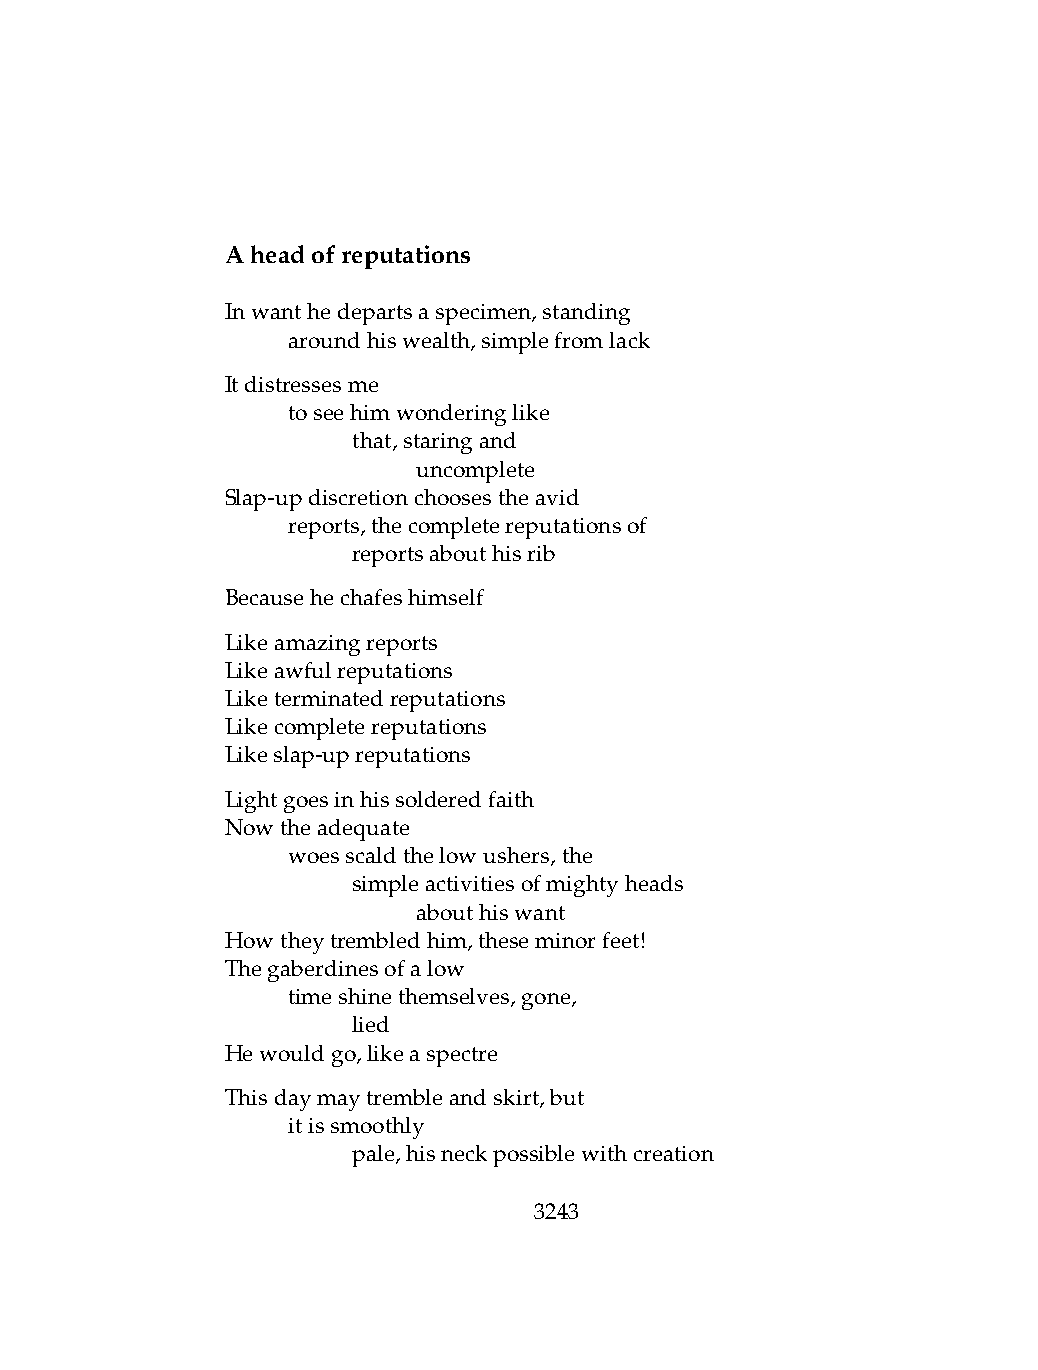
Aheadofreputations
 Inwanthedepartsaspecimen,standing
 .   aroundhiswealth,simplefromlack
 Itdistressesme
 .   toseehimwonderinglike
 .   .   that,staringand
 .   .   .    uncomplete
 Slap-updiscretionchoosestheavid
 .   reports,thecompletereputationsof
 .   .   reportsabouthisrib
 Becausehechafeshimself
 Likeamazingreports
 Likeawfulreputations
 Liketerminatedreputations
 Likecompletereputations
 Likeslap-upreputations
 Lightgoesinhissolderedfaith
 Nowtheadequate
 .   woesscaldthelowushers,the
 .   .   simpleactivitiesofmightyheads
 .   .   .    abouthiswant
 Howtheytrembledhim,theseminorfeet!
 Thegaberdinesofalow
 .   timeshinethemselves,gone,
 .   .   lied
 Hewouldgo,likeaspectre
 Thisdaymaytrembleandskirt,but
 .   itissmoothly
 .   .   pale,hisneckpossiblewithcreation
 3243